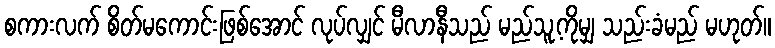
စကားလက် စိတ်မကောင်းဖြစ်အောင် လုပ်လျှင် မီလာနီသည် မည်သူ့ကိုမျှ သည်းခံမည် မဟုတ်။